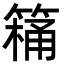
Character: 𮅸